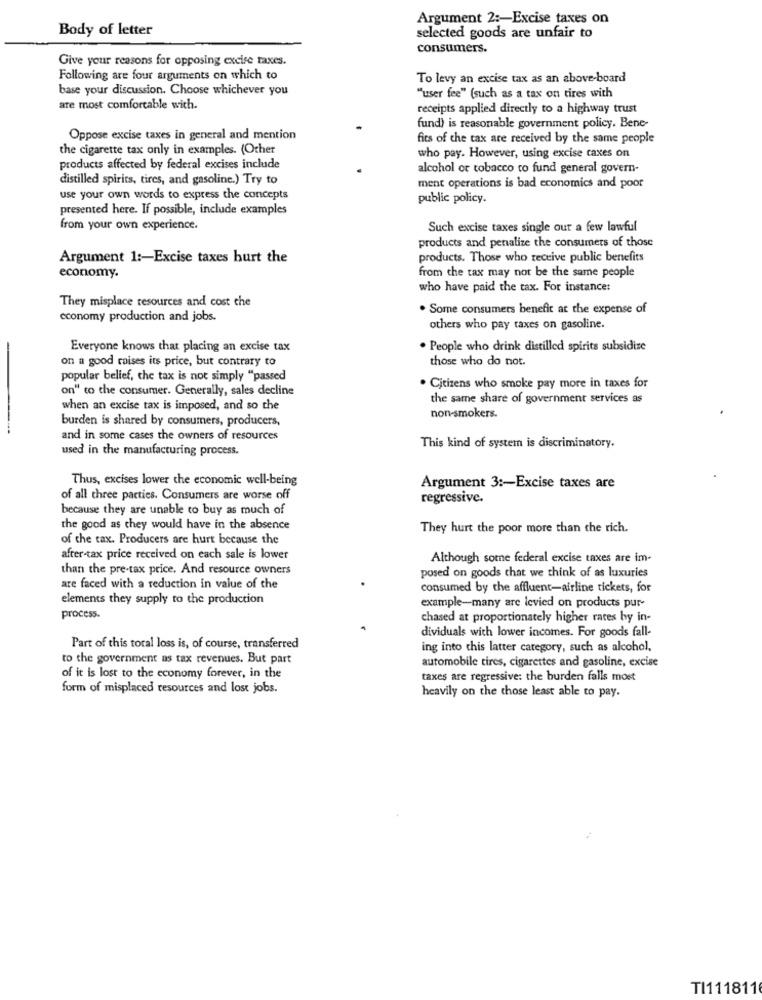
Argument 2 :- Excise taxes on
Body of letter
selected goods are unfair to
consumers.
Give your reasons for opposing excise taxes.
Following are four arguments on which to
To levy an excise tax as an above-board
base your discussion. Choose whichever you
"user fee" (such as a tax on tires with
are most comfortable with.
receipts applied directly to a highway trust
fund) is reasonable government policy. Bene-
Oppose excise taxes in general and mention
fits of the tax are received by the same people
the cigarette tax only in examples. (Other
who pay. However, using excise caxes on
products affected by federal excises include
alcohol or tobacco to fund general govern-
distilled spirits, tires, and gasoline.) Try to
ment operations is bad economics and poor
use your own words to express the concepts
public policy.
presented here. If possible, include examples
from your own experience.
Such excise taxes single out a few lawful
products and penalize the consumers of those
Argument 1 :- Excise taxes hurt the
products. Those who receive public benefits
economy.
from the tax may not be the same people
who have paid the tax. For instance:
They misplace resources and cost che
. Some consumers benefit at the expense of
economy production and jobs.
others who pay taxes on gasoline.
Everyone knows that placing an excise tax
. People who drink distilled spirits subsidize
on a good raises its price, but contrary to
those who do not.
popular belief, che tax is not simply "passed
on" to the consumer. Generally, sales decline
. Citizens who smoke pay more in taxes for
the same share of government services as
when an excise tax is imposed, and so the
burden is shared by consumers, producers,
non-smokers.
and in some cases the owners of resources
used in the manufacturing process.
This kind of system is discriminatory.
Thus, excises lower the economic well-being
Argument 3 :- Excise taxes are
of all three parties. Consumers are worse off
regressive.
because they are unable to buy as much of
the good as they would have in the absence
They hurt the poor more than the rich.
of the tax. Producers are hurt because the
after-tax price received on each sale is lower
Although some federal excise taxes are im-
than the pre-tax price. And resource owners
posed on goods chat we think of as luxuries
are faced with a reduction in value of the
consumed by the affluent-airline tickets, for
elements they supply to the production
example-many are levied on products pur-
process.
chased at proportionately higher rates by in-
dividuals with lower incomes. For goods fall-
Part of this total loss is, of course, transferred
ing into this latter category, such as alcohol,
to the government as tax revenues. But part
automobile tires, cigarettes and gasoline, excise
of it is lost to the economy forever, in the
taxes are regressive: the burden falls most
form of misplaced resources and lost jobs.
heavily on the those least able to pay.
TI111811